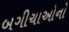
બગીચાઓનો